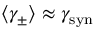
\langle \gamma _ { \pm } \rangle \approx \gamma _ { \mathrm { s y n } }